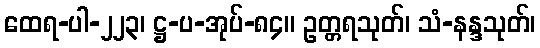
ထေရ-ပါ-၂၂၃၊ ဋ္ဌ-ပ-အုပ်-၈၄။ ဥတ္တရသုတ်၊ သံ-နန္ဒသုတ်၊